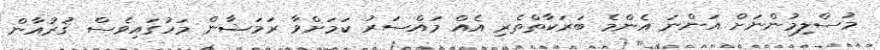
މުސްލިމުންނަށް އަންނަ އެންމެ ބަރަކާތްތެރި އެއް މައްސަރު ކަމަށްވާ ރަމަޟާން މަހުގައިވެސް ޤުރުއާން